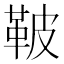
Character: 鞁